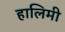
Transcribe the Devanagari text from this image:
हालिमी